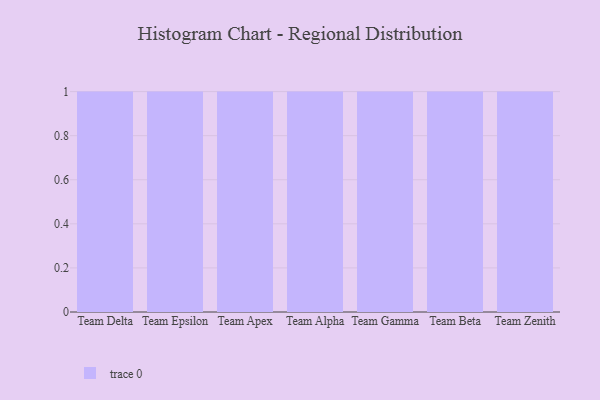
{"axis": {"x": "Team", "y": "Energy Usage (MWh)"}, "legend": [""], "data": [{"x": "Team Delta", "y": 6, "type": ""}, {"x": "Team Epsilon", "y": 8, "type": ""}, {"x": "Team Apex", "y": 97, "type": ""}, {"x": "Team Alpha", "y": 88, "type": ""}, {"x": "Team Gamma", "y": 84, "type": ""}, {"x": "Team Beta", "y": 72, "type": ""}, {"x": "Team Zenith", "y": 80, "type": ""}]}